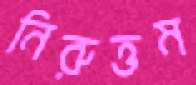
নিরুত্তম